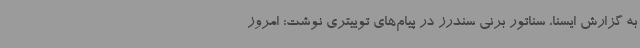
به گزارش ایسنا، سناتور برنی سندرز در پیام‌های توییتری نوشت: امروز